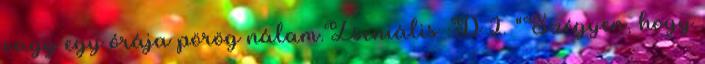
vagy egy órája pörög nálam.Zseniális :D 2. "Szégyen, hogy